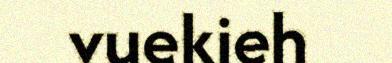
vuekieh